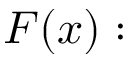
F ( x ) :